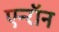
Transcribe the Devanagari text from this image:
एन्‍रॉन